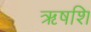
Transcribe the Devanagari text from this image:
ऋषशि